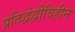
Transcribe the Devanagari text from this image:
प्रतिद्वंद्वीविहीन